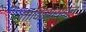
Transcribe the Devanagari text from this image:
ताकिस्राइल